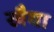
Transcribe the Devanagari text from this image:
खैया